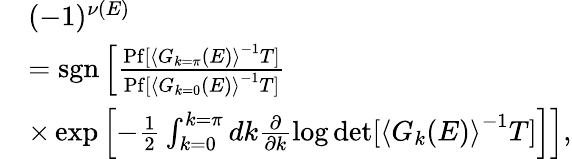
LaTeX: \begin{array}{rl}&{(-1)^{\nu(E)}}\\ &{=\mathrm{sgn}\left[\frac{\mathrm{Pf}[\left<G_{k=\pi}(E)\right>^{-1}T]}{\mathrm{Pf}[\left<G_{k=0}(E)\right>^{-1}T]}\right.}\\ &{\times\exp\left.\left[-\frac{1}{2}\int_{k=0}^{k=\pi}dk\frac{\partial}{\partial k}\log\operatorname*{det}[\left<G_{k}(E)\right>^{-1}T]\right]\right],}\end{array}